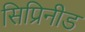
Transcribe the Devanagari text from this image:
सिप्रिनीड